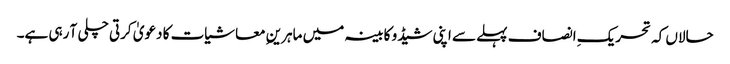
حالاں کہ تحریکِ انصاف پہلے سے اپنی شیڈو کابینہ میں ماہرینِ معاشیات کا دعویٰ کرتی چلی آ رہی ہے۔